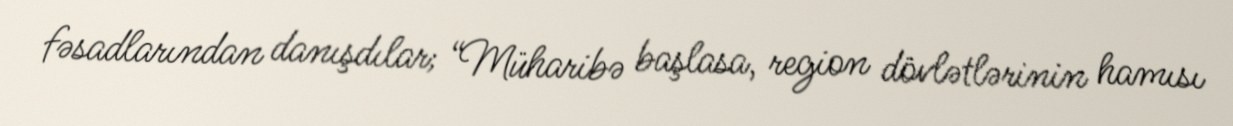
fəsadlarından danışdılar; “Müharibə başlasa, region dövlətlərinin hamısı